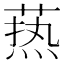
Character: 𦶟